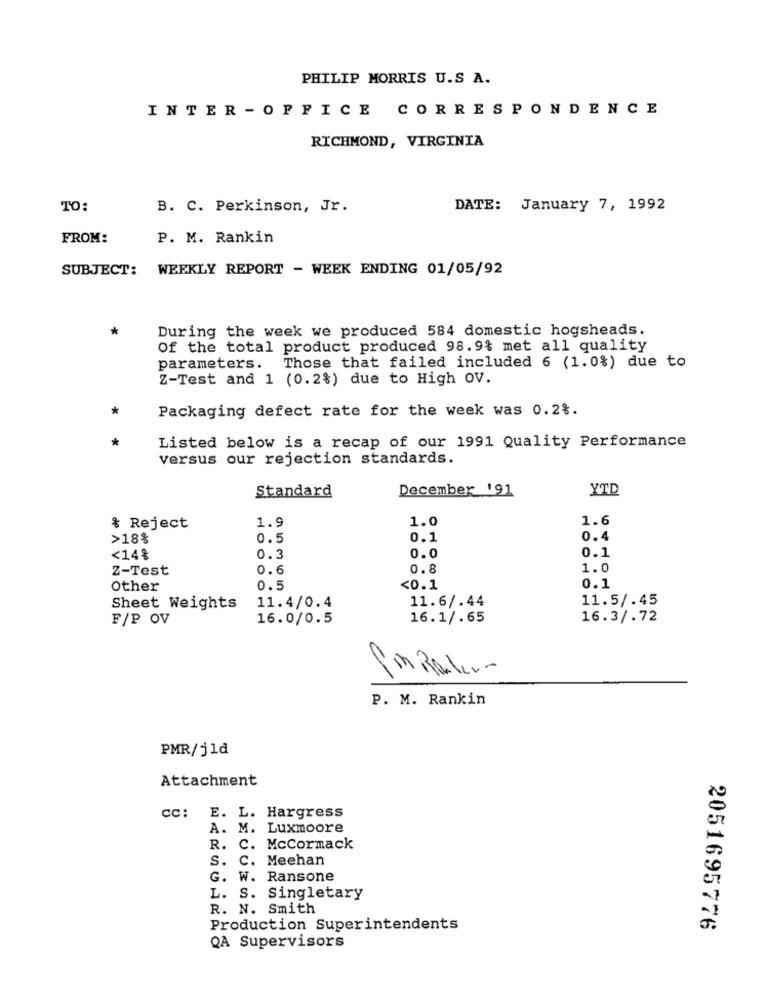
PHILIP MORRIS U.S A.
INTER - OFFICE CORRESPONDENCE
RICHMOND, VIRGINIA
TO:
B. C. Perkinson, Jr.
DATE: January 7, 1992
FROM:
P. M. Rankin
SUBJECT: WEEKLY REPORT - WEEK ENDING 01/05/92
During the week we produced 584 domestic hogsheads.
Of the total product produced 98.9% met all quality
parameters. Those that failed included 6 (1.0%) due to
Z-Test and 1 (0.2%) due to High OV.
*
Packaging defect rate for the week was 0.2%.
Listed below is a recap of our 1991 Quality Performance
versus our rejection standards.
Standard
December 191
YTD
1.9
1.0
1.6
& Reject
>18%
0.5
0.1
0.4
0.1
<14%
0.3
0.0
Z-Test
0.6
0.8
1.0
Other
0.5
<0.1
0.1
11.6/.44
11.5/.45
Sheet Weights
11.4/0.4
F/P OV
16.0/0.5
16.1/.65
16.3/.72
P. M. Rankin
PMR/j1d
Attachment
CC: E. L. Hargress
A. M. Luxmoore
R. C. Mccormack
S. C. Meehan
G. W. Ransone
L. S. Singletary
R. N. Smith
Production Superintendents
2051695776
QA Supervisors